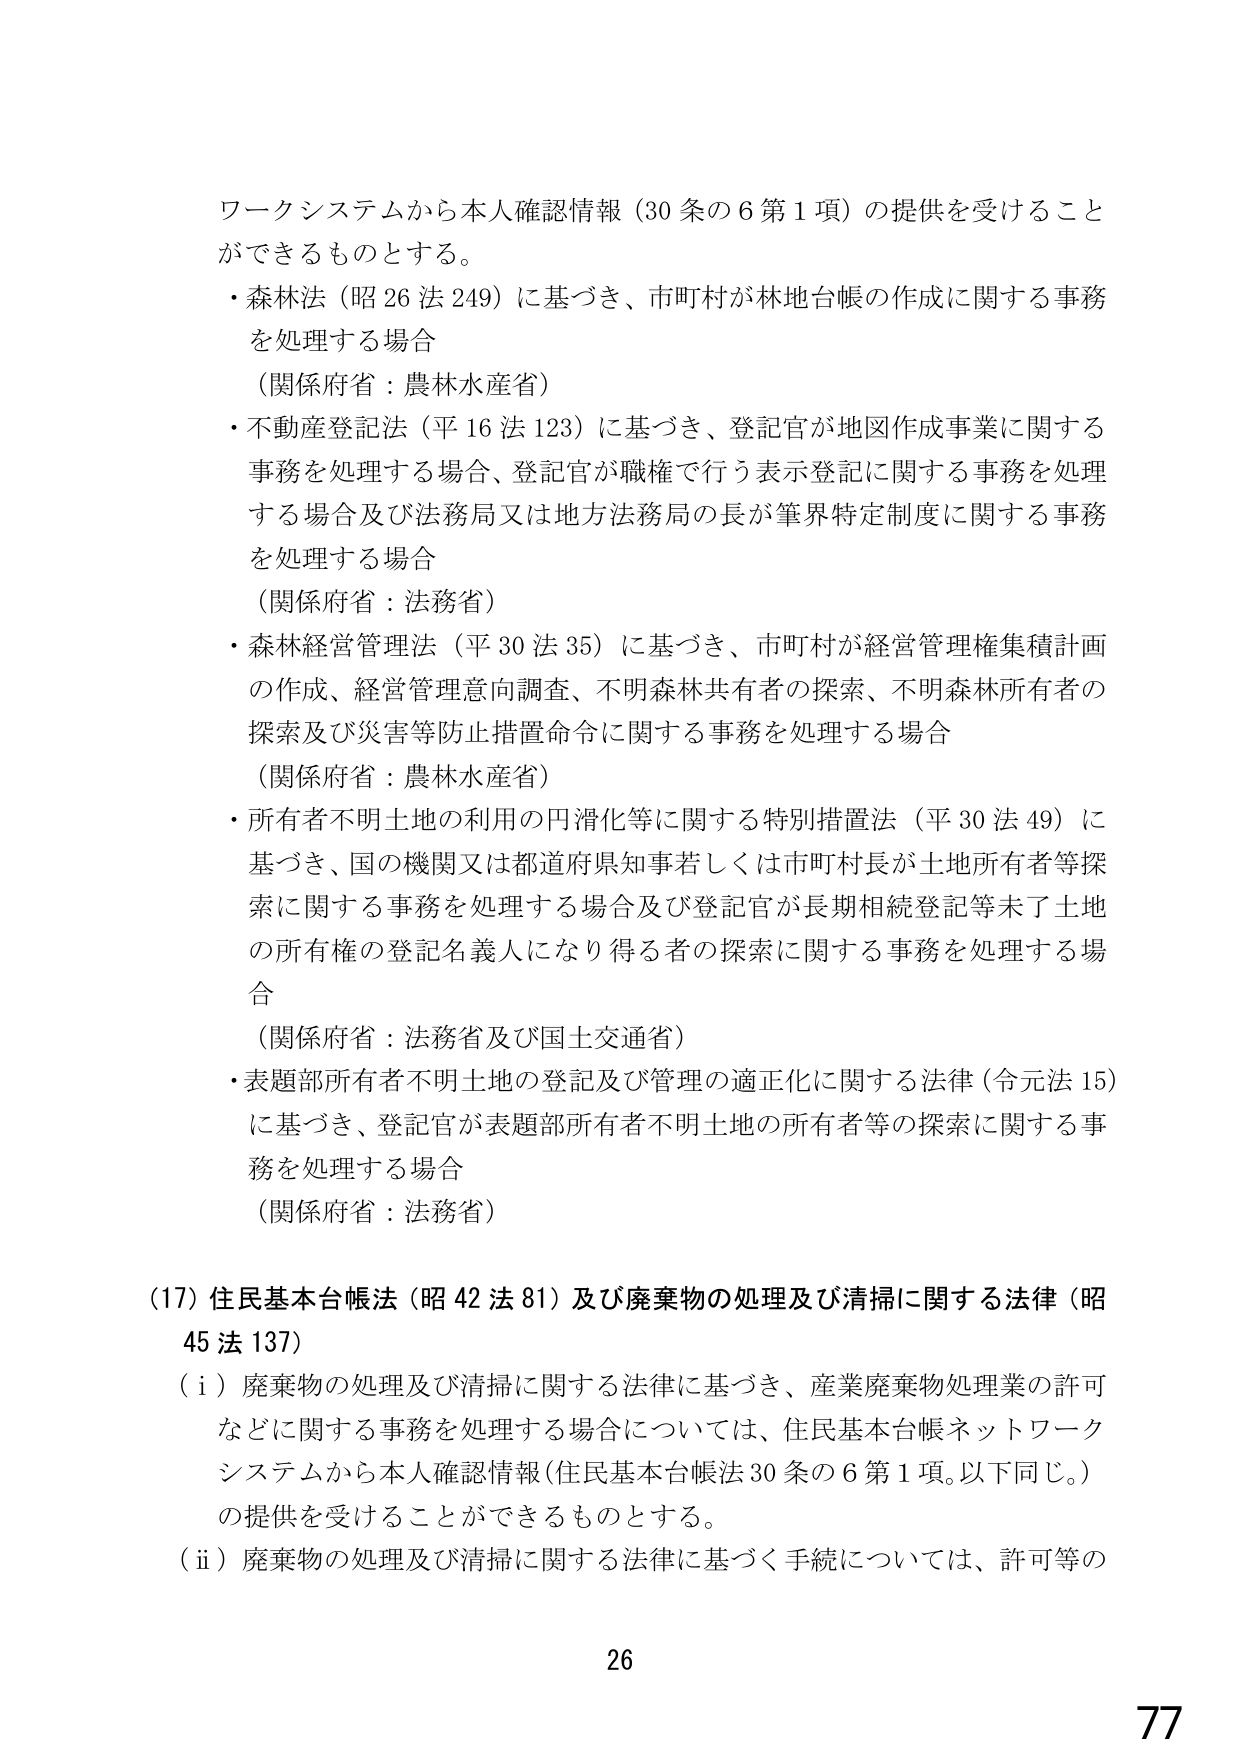
ワークシステムから本人確認情報（30条の6第1項）の提供を受けることができるものとする。

・森林法（昭26法249）に基づき、市町村が林地台帳の作成に関する事務を処理する場合
（関係府省：農林水産省）

・不動産登記法（平16法123）に基づき、登記官が地図作成事業に関する事務を処理する場合、登記官が職権で行う表示登記に関する事務を処理する場合及び法務局又は地方法務局の長が筆界特定制度に関する事務を処理する場合
（関係府省：法務省）

・森林経営管理法（平30法35）に基づき、市町村が経営管理権集積計画の作成、経営管理意向調査、不明森林共有者の探索、不明森林所有者の探索及び災害等防止措置命令に関する事務を処理する場合
（関係府省：農林水産省）

・所有者不明土地の利用の円滑化等に関する特別措置法（平30法49）に基づき、国の機関又は都道府県知事若しくは市町村長が土地所有者等探索に関する事務を処理する場合及び登記官が長期相続登記等未了土地の所有権の登記名義人になり得る者の探索に関する事務を処理する場合
（関係府省：法務省及び国土交通省）

・表題部所有者不明土地の登記及び管理の適正化に関する法律（令元法15）に基づき、登記官が表題部所有者不明土地の所有者等の探索に関する事務を処理する場合
（関係府省：法務省）

（17）住民基本台帳法（昭42法81）及び廃棄物の処理及び清掃に関する法律（昭45法137）
（i）廃棄物の処理及び清掃に関する法律に基づき、産業廃棄物処理業の許可などに関する事務を処理する場合については、住民基本台帳ネットワークシステムから本人確認情報（住民基本台帳法30条の6第1項。以下同じ。）の提供を受けることができるものとする。
（ii）廃棄物の処理及び清掃に関する法律に基づく手続については、許可等の

26
77